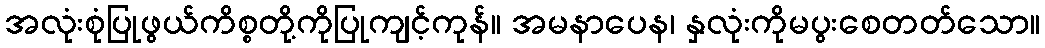
အလုံးစုံပြုဖွယ်ကိစ္စတို့ကိုပြုကျင့်ကုန်။ အမနာပေန၊ နှလုံးကိုမပွးစေတတ်သော။